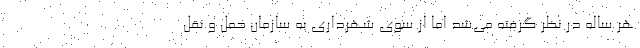
هر ساله در نظر گرفته می‌شد اما از سوی شهرداری به سازمان حمل و نقل